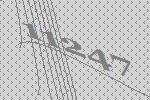
11247